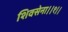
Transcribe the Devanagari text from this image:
शिवसेना।।१।।